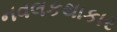
નવલકથાકાર